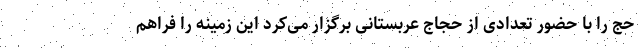
حج را با حضور تعدادی از حجاج عربستانی برگزار می‌کرد این زمینه را فراهم